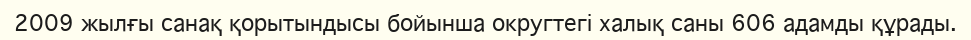
2009 жылғы санақ қорытындысы бойынша округтегі халық саны 606 адамды құрады.